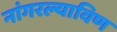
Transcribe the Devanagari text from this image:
नांगरल्याविण